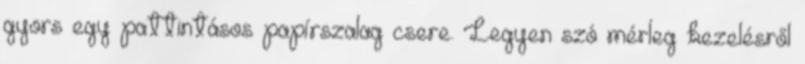
gyors egy pattintásos papírszalag csere. Legyen szó mérleg kezelésről